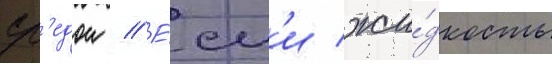
ср'едои // Е́сл'и жи́дкость